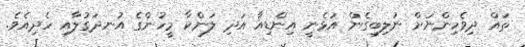
ތައް ދިވެހިންނަށް ނުލިބިގެން އުޅެނީ އިންޑިއާ އަދި ލަންކާ މީހުންގެ އުނދަގުލާއި ހެދިއެވެ.